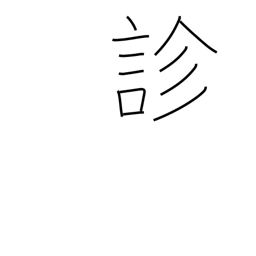
Meaning: diagnose